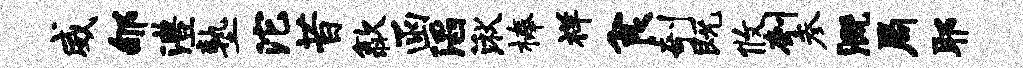
威郇澧塾沱昔歙函滔湫榛祥食剞既攸刳参溉局耶